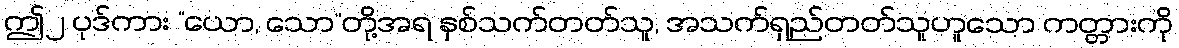
ဤ၂ ပုဒ်ကား “ယော, သော”တို့အရ နှစ်သက်တတ်သူ, အသက်ရှည်တတ်သူဟူသော ကတ္တားကို